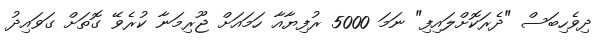
ދިވެހިބަސް "ދެރަކޮށްލައިފި" ނަމަ 5000 ރުފިޔާއާ ހަމައަށް ޖޫރިމަނާ ކުރެވޭ ގޮތަށް ގަވައިދު